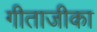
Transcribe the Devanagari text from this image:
गीताजीका